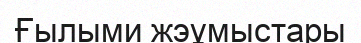
Ғылыми жэұмыстары